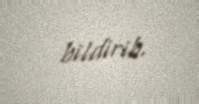
bildirib.